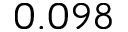
0 . 0 9 8